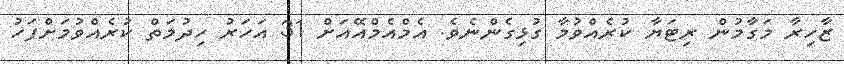
ޒާހިރާ މަގާމުން ރިޓަޔާ ކުރެއްވުމާ ގުޅިގެންނެވެ. އެމްއެމްއޭއަށް 31 އަހަރު ހިދުމަތް ކުރެއްވުމަށްފަހު